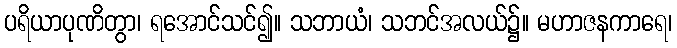
ပရိယာပုဏိတွာ၊ ရအောင်သင်၍။ သဘာယံ၊ သဘင်အလယ်၌။ မဟာဇနကာရေ၊